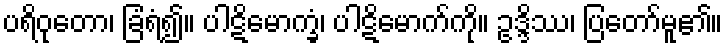
ပရိဝုတော၊ ခြံရံ၍။ ပါဋိမောက္ခံ၊ ပါဋိမောက်ကို။ ဥဒ္ဒိဿ၊ ပြတော်မူ၏။